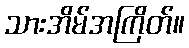
သားအိမ်အကြိတ်။